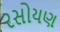
રસોયણ